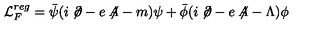
{ \mathcal L } _ { F } ^ { r e g } = { \bar { \psi } } ( i \not \! \partial - e \not \! \! A - m ) \psi + { \bar { \phi } } ( i \not \! \partial - e \not \! \! A - \Lambda ) \phi